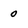
Character: 0